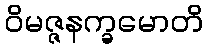
ဝိမဇ္ဇနက္ခမောတိ